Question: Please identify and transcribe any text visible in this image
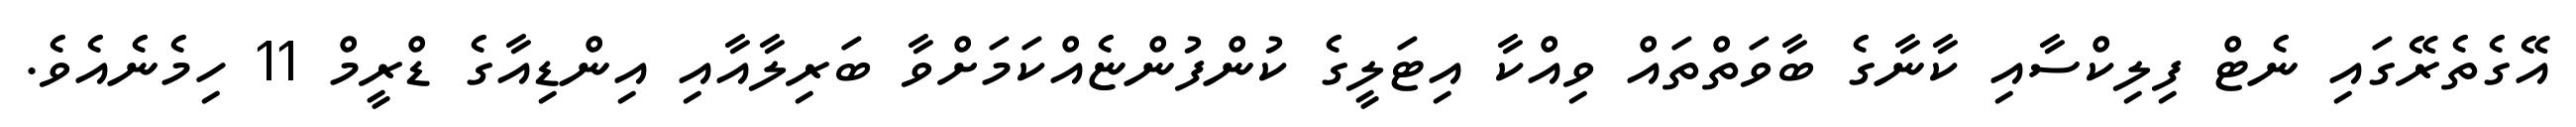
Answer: އޭގެތެރޭގައި ނެޓް ފިލިކްސާއި ކާނާގެ ބާވަތްތައް ވިއްކާ އިޓަލީގެ ކުންފުންޏެއްކަމަށްވާ ބަރިލާއާއި އިންޑިއާގެ ޑްރީމް 11 ހިމެނެއެވެ.